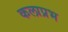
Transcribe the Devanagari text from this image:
कलाप्रभ